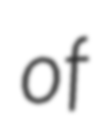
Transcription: of